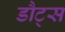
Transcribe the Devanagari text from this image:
डौट्स